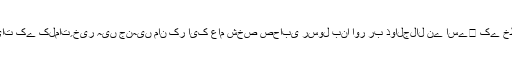
یہ اس شخصیات کے کلماتِ خیر ہیں جنہیں مان کر ایک عام شخص صحابی رسول بنا اور رب ذوالجلال نے اسے﷜ کے خطاب سے نوازا۔